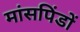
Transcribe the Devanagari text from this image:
मांसपिंडों